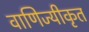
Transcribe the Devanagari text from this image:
वाणिज्यीकृत